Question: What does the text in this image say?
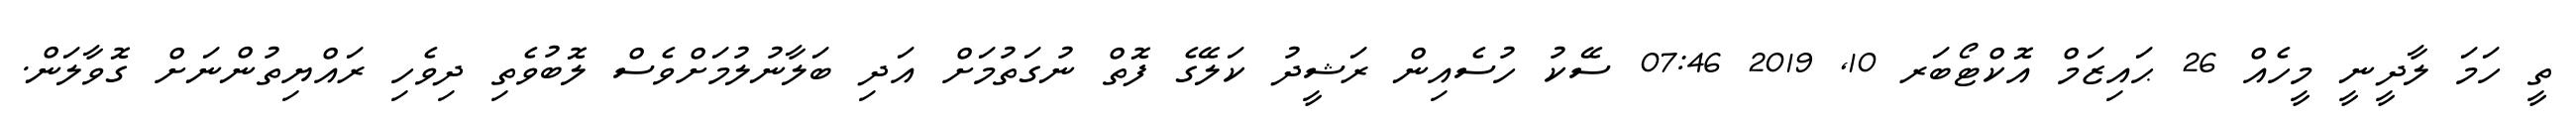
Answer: ތީ ހަމަ ލާދީނީ މީހެއް 26 ޙައިޒަމް އޮކްޓޯބަރ 10, 2019 07:46 ސޭކު ހުސެއިން ރަޝީދު ކަލޭގެ ފޮތް ނުގަތުމަށް އަދި ބަލާނުލުމަށްވެސް ލޮބުވެތި ދިވެހި ރައްޔިތުންނަށް ގޮވާލަން.